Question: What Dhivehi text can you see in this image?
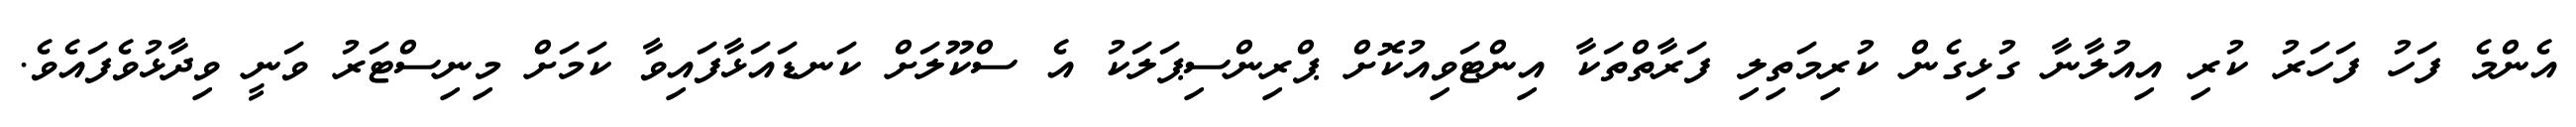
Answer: އެންމެ ފަހު ފަހަރު ކުރި އިއުލާނާ ގުޅިގެން ކުރިމަތިލި ފަރާތްތަކާ އިންޓަވިއުކޮށް ޕްރިންސިޕަލަކު އެ ސްކޫލަށް ކަނޑައަޅާފައިވާ ކަމަށް މިނިސްޓަރު ވަނީ ވިދާޅުވެފައެވެ.